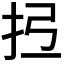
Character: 𢪕